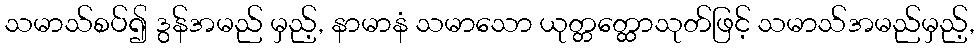
သမာသ်စပ်၍ ဒွန်အမည် မှည့်, နာမာနံ သမာသော ယုတ္တတ္ထောသုတ်ဖြင့် သမာသ်အမည်မှည့်,